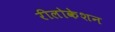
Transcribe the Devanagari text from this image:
रीलोकेशन